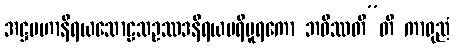
အဋ္ဌမဟာနိရယသောဠသဥဿဒနိရယပရိပူရကော ဘဝိဿတီ”တိ ကာရုညံ